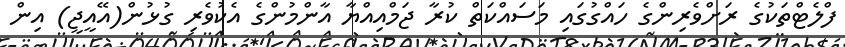
ފްލެޓްތަކުގެ ރަށްވެރިންގެ ހައްގުގައި މަސައްކަތް ކުރާ ޖަމްއިއްޔާ އާންމުންގެ އެކުވެރި ގުޅުން(އޭއީޖީ) އިން